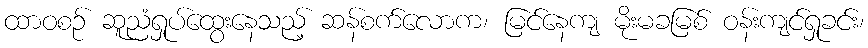
ထာဝစဉ် ဆူညံရှုပ်ထွေးနေသည့် ဆန်စက်လောက၊ မြင်နေကျ မိုးမခမြစ် ဝန်းကျင်ရှုခင်း၊